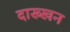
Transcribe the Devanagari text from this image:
दाख्खन